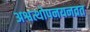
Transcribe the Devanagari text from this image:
अश्वत्थोपनयनव्रत